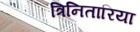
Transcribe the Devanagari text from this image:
त्रिनितारिया